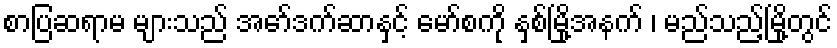
စာပြဆရာမ များသည် အော်ဒက်ဆာနှင့် မော်စကို နှစ်မြို့အနက် ၊ မည်သည့်မြို့တွင်